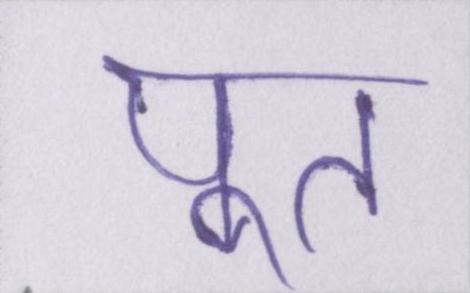
पूत